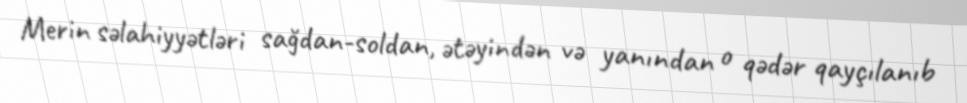
Merin səlahiyyətləri sağdan-soldan, ətəyindən və yanından o qədər qayçılanıb